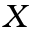
X